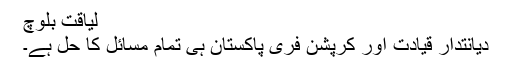
لیاقت بلوچ
دیانتدار قیادت اور کرپشن فری پاکستان ہی تمام مسائل کا حل ہے۔